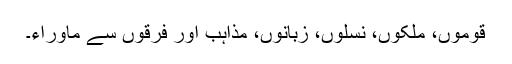
قوموں، ملکوں، نسلوں، زبانوں، مذاہب اور فرقوں سے ماوراء۔